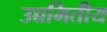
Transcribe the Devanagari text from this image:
उच्चमितीय